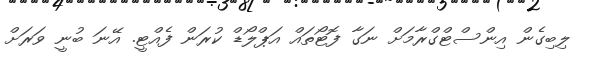
ލިބިގެން އިންސްޓްގްރާމަށް ނަގާ ފޮޓޯތައް އަޕްލޯޑް ކުރަން ފެއްޓީ. އޭނަ ބުނީ ވަރަށް